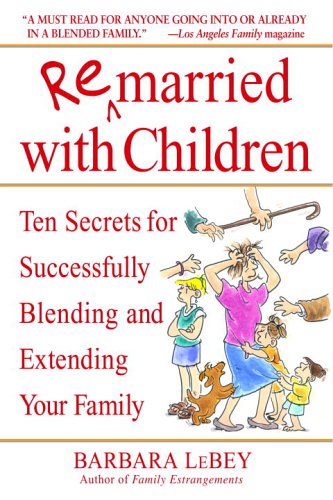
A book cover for Remarried with Children: Ten Secrets for Successfully Blending and Extending Your Family; Barbara LeBey; Parenting & Relationships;